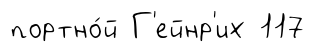
портно́й Г'ейнр'их 117